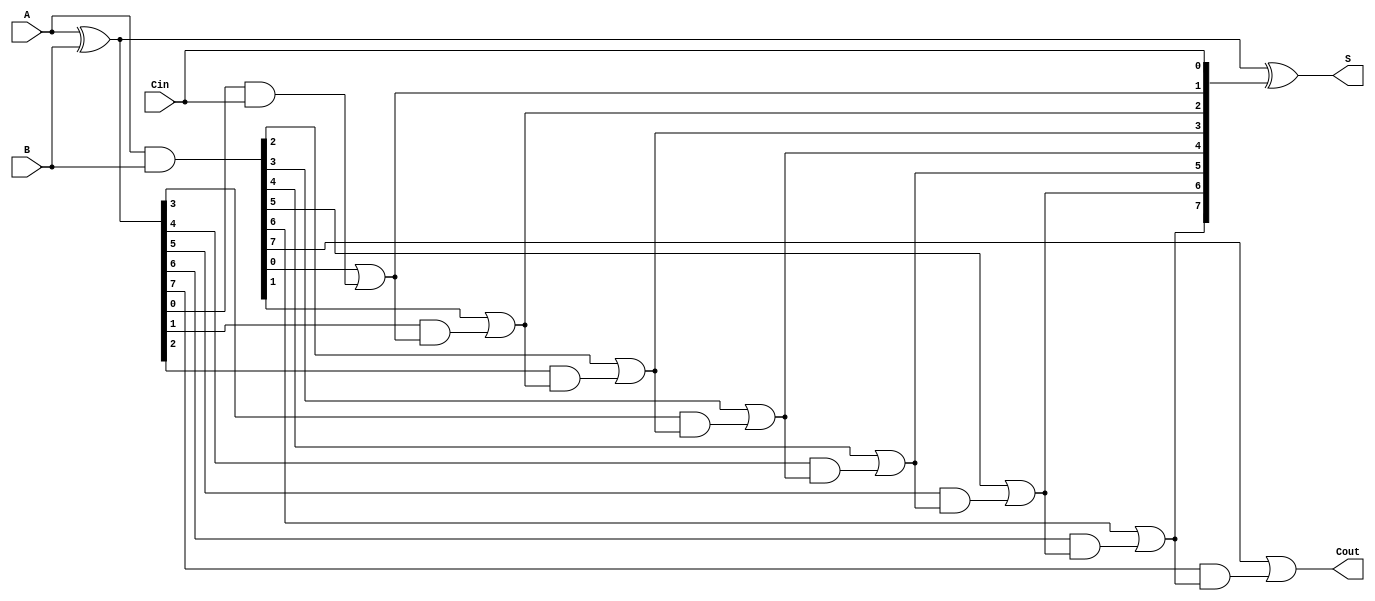
module SklanskyAdder #(parameter n = 8) (
    input  [n-1:0] A,      // First input
    input  [n-1:0] B,      // Second input
    input         Cin,      // Carry-in
    output [n-1:0] S,      // Sum output
    output        Cout      // Carry-out
);

    // Generate and Propagate signals
    wire [n-1:0] G; // Generate
    wire [n-1:0] P; // Propagate
    wire [n:0] C;    // Carry signals

    // Generate and Propagate calculations
    assign G = A & B;          // G[i] = A[i] & B[i]
    assign P = A ^ B;          // P[i] = A[i] ^ B[i]

    // Carry generation
    assign C[0] = Cin;         // C[0] = Cin
    genvar i;
    generate
        for (i = 1; i <= n; i = i + 1) begin : carry_generation
            assign C[i] = G[i-1] | (P[i-1] & C[i-1]); // C[i] = G[i-1] | (P[i-1] & C[i-1])
        end
    endgenerate

    // Sum calculation
    assign S = A ^ B ^ C[n-1:0]; // S[i] = A[i] ^ B[i] ^ C[i]

    // Carry-out
    assign Cout = C[n];         // Cout = C[n]

endmodule